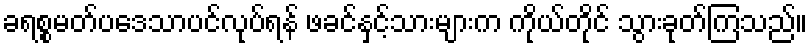
ခရစ္စမတ်ပဒေသာပင်လုပ်ရန် ဖခင်နှင့်သားများက ကိုယ်တိုင် သွားခုတ်ကြသည်။